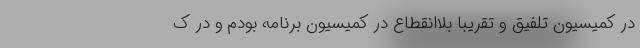
در کمیسیون تلفیق و تقریبا بلاانقطاع در کمیسیون برنامه بودم و در ک